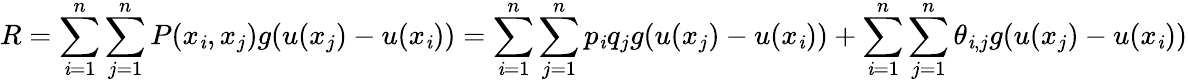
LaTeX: R=\sum_{\mathit{i}=1}^{n}\sum_{j=1}^{n}P(x_{\mathit{i}},x_{j})g(u(x_{j})-u(x_{\mathit{i}}))=\sum_{\mathit{i}=1}^{n}\sum_{j=1}^{n}p_{\mathit{i}}q_{j}g(u(x_{j})-u(x_{\mathit{i}}))+\sum_{\mathit{i}=1}^{n}\sum_{j=1}^{n}\theta_{\mathit{i},j}g(u(x_{j})-u(x_{\mathit{i}}))